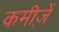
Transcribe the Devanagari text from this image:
कमीज़ें